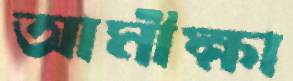
আমীক্ষা